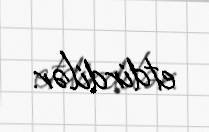
etdirdilər.